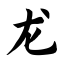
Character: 龙